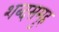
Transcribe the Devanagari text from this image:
शब्दसमुह